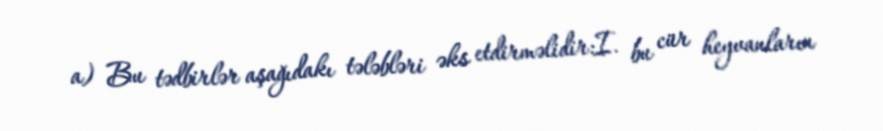
a) Bu tədbirlər aşağıdakı tələbləri əks etdirməlidir:I. bu cür heyvanların